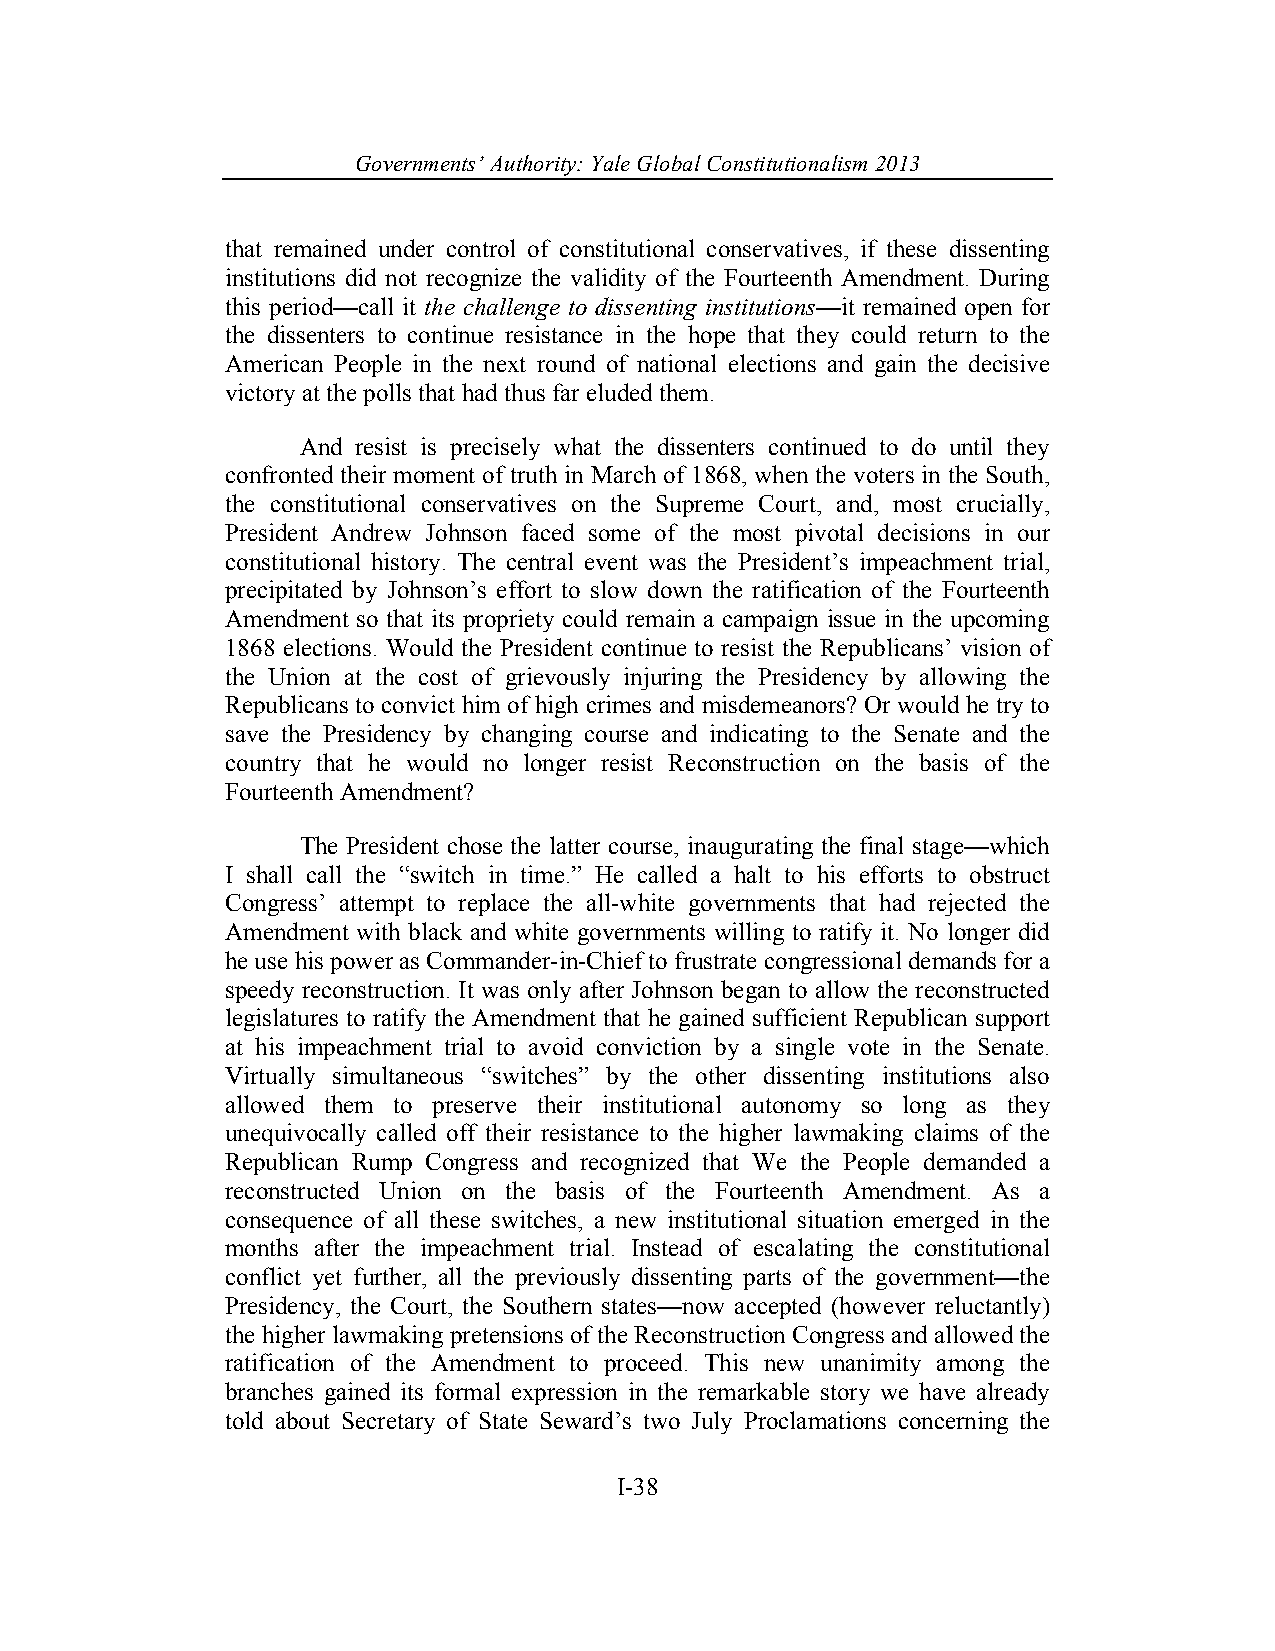
Governments’ Authority: Yale Global Constitutionalism 2013
 that remained under control of constitutional conservatives, if these dissenting
 institutions did not recognize the validity of the Fourteenth Amendment. During
 this period—call it the challenge to dissenting institutions—it remained open for
 the dissenters to continue resistance in the hope that they could return to the
 American People in the next round of national elections and gain the decisive
 victory at the polls that had thus far eluded them.
 And resist is precisely what the dissenters continued to do until they
 confronted their moment of truth in March of 1868, when the voters in the South,
 the constitutional conservatives on the Supreme Court, and, most crucially,
 President Andrew Johnson faced some of the most pivotal decisions in our
 constitutional history. The central event was the President’s impeachment trial,
 precipitated by Johnson’s effort to slow down the ratification of the Fourteenth
 Amendment so that its propriety could remain a campaign issue in the upcoming
 1868 elections. Would the President continue to resist the Republicans’ vision of
 the Union at the cost of grievously injuring the Presidency by allowing the
 Republicans to convict him of high crimes and misdemeanors? Or would he try to
 save the Presidency by changing course and indicating to the Senate and the
 country that he would no longer resist Reconstruction on the basis of the
 Fourteenth Amendment?
 The President chose the latter course, inaugurating the final stage—which
 I shall call the “switch in time.” He called a halt to his efforts to obstruct
 Congress’ attempt to replace the all-white governments that had rejected the
 Amendment with black and white governments willing to ratify it. No longer did
 he use his power as Commander-in-Chief to frustrate congressional demands for a
 speedy reconstruction. It was only after Johnson began to allow the reconstructed
 legislatures to ratify the Amendment that he gained sufficient Republican support
 at his impeachment trial to avoid conviction by a single vote in the Senate.
 Virtually simultaneous “switches” by the other dissenting institutions also
 allowed them to preserve their institutional autonomy so long as they
 unequivocally called off their resistance to the higher lawmaking claims of the
 Republican Rump Congress and recognized that We the People demanded a
 reconstructed Union on the basis of the Fourteenth Amendment. As a
 consequence of all these switches, a new institutional situation emerged in the
 months after the impeachment trial. Instead of escalating the constitutional
 conflict yet further, all the previously dissenting parts of the government—the
 Presidency, the Court, the Southern states—now accepted (however reluctantly)
 the higher lawmaking pretensions of the Reconstruction Congress and allowed the
 ratification of the Amendment to proceed. This new unanimity among the
 branches gained its formal expression in the remarkable story we have already
 told about Secretary of State Seward’s two July Proclamations concerning the
 I-38